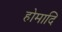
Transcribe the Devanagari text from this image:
होमादि